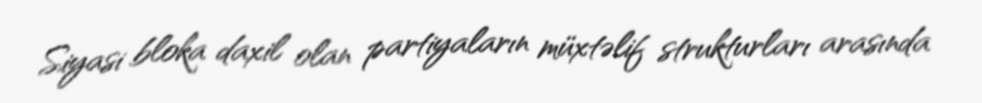
Siyasi bloka daxil olan partiyaların müxtəlif strukturları arasında